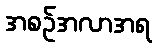
အစဉ်အလာအရ